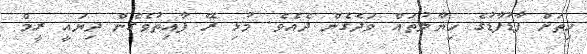
ހިތަށް ފާޑުފާޑުގެ ހިޔާލުތައް ވަދެގެން ދެއެވެ. މުޅި ރޭ ފާއިތުވެގެން ދިޔައީ ރީމް